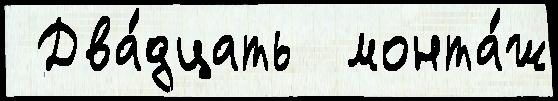
 Два́дцать  монта́ж